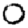
Digit: 0